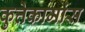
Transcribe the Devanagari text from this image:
कुत्तेकामांस